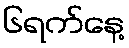
၆ရက်နေ့